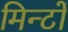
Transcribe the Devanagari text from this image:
मिन्टों